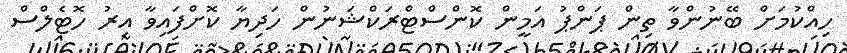
ހިއްކުމަށް ބޭނުންވާ ތިން ޕަންޕު އަމީން ކޮންސްޓްރަކްޝަނުން ހަދިޔާ ކޮށްފައިވާ އިރު ހޮޓެލްސް